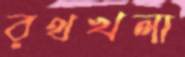
রথখলা